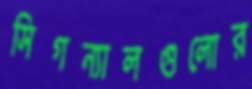
সিগন্যালগুলোর